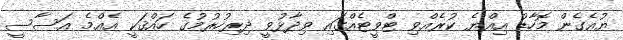
ޔުއެގެން މޮހާޑު އިއްޔެ ކުރެއްވި ޓްވީޓެއްގައި ވިދާޅުވީ ދިރިހުރުމުގެ ހައްޤަކީ އެއްމެ އަސާސީ